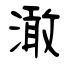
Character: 澉